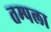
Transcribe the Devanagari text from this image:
तम्पला